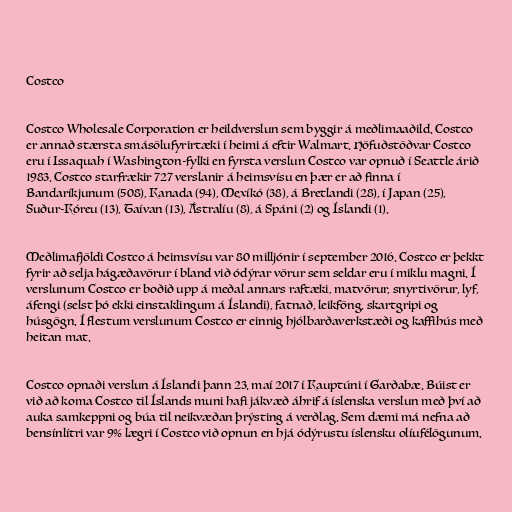
Costco

Costco Wholesale Corporation er heildverslun sem byggir á meðlimaaðild. Costco
er annað stærsta smásölufyrirtæki í heimi á eftir Walmart. Höfuðstöðvar Costco
eru í Issaquah í Washington-fylki en fyrsta verslun Costco var opnuð í Seattle árið
1983. Costco starfrækir 727 verslanir á heimsvísu en þær er að finna í
Bandaríkjunum (508), Kanada (94), Mexíkó (38), á Bretlandi (28), í Japan (25),
Suður-Kóreu (13), Taívan (13), Ástralíu (8), á Spáni (2) og Íslandi (1).

Meðlimafjöldi Costco á heimsvísu var 80 milljónir í september 2016. Costco er þekkt
fyrir að selja hágæðavörur í bland við ódýrar vörur sem seldar eru í miklu magni. Í
verslunum Costco er boðið upp á meðal annars raftæki, matvörur, snyrtivörur, lyf,
áfengi (selst þó ekki einstaklingum á Íslandi), fatnað, leikföng, skartgripi og
húsgögn. Í flestum verslunum Costco er einnig hjólbarðaverkstæði og kaffihús með
heitan mat.

Costco opnaði verslun á Íslandi þann 23. maí 2017 í Kauptúni í Garðabæ. Búist er
við að koma Costco til Íslands muni hafi jákvæð áhrif á íslenska verslun með því að
auka samkeppni og búa til neikvæðan þrýsting á verðlag. Sem dæmi má nefna að
bensínlítri var 9% lægri í Costco við opnun en hjá ódýrustu íslensku olíufélögunum.